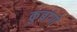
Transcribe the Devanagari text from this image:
कुबांगो